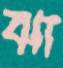
ঝা